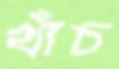
খাঁচ